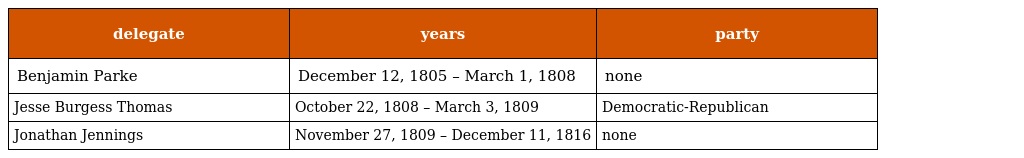
| delegate | years | party |
 | --- | --- | --- |
 | Benjamin Parke | December 12, 1805 – March 1, 1808 | none |
 | Jesse Burgess Thomas | October 22, 1808 – March 3, 1809 | Democratic-Republican |
 | Jonathan Jennings | November 27, 1809 – December 11, 1816 | none |